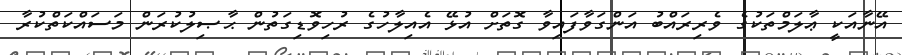
އޭނާއަކީ ޢާލަމްތަކުގެ ވެރިރައްބު އަންގަވާފައިވާ ގޮތަށް އުޅޭ އެއިލާހުގެ ރުހިވޮޑިގަތުން ޙާޞިލުކުރަން މަސައްކަތްކުރާ